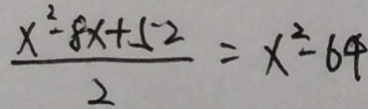
\frac { x ^ { 2 } - 8 x + 5 2 } { 2 } = x ^ { 2 } - 6 4